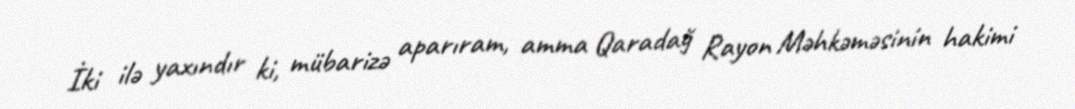
İki ilə yaxındır ki, mübarizə aparıram, amma Qaradağ Rayon Məhkəməsinin hakimi